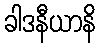
ခါဒနီယာနိ